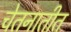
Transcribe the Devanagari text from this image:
चेतनातीत